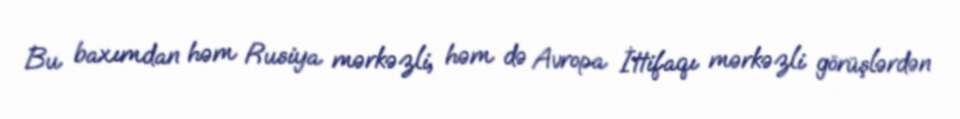
Bu baxımdan həm Rusiya mərkəzli, həm də Avropa İttifaqı mərkəzli görüşlərdən